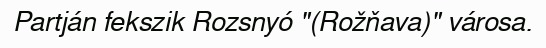
Partján fekszik Rozsnyó "(Rožňava)" városa.